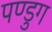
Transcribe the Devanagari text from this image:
पण्डुग